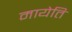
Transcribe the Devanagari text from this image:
मायेति